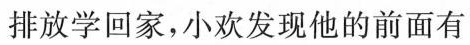
排放学回家，小欢发现他的前面有